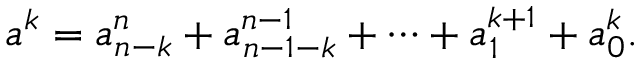
a ^ { k } = a _ { n - k } ^ { n } + a _ { n - 1 - k } ^ { n - 1 } + \dots + a _ { 1 } ^ { k + 1 } + a _ { 0 } ^ { k } .